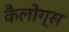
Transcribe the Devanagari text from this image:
कैलोग्स